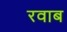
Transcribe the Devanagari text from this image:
रवाब